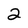
Character: 2